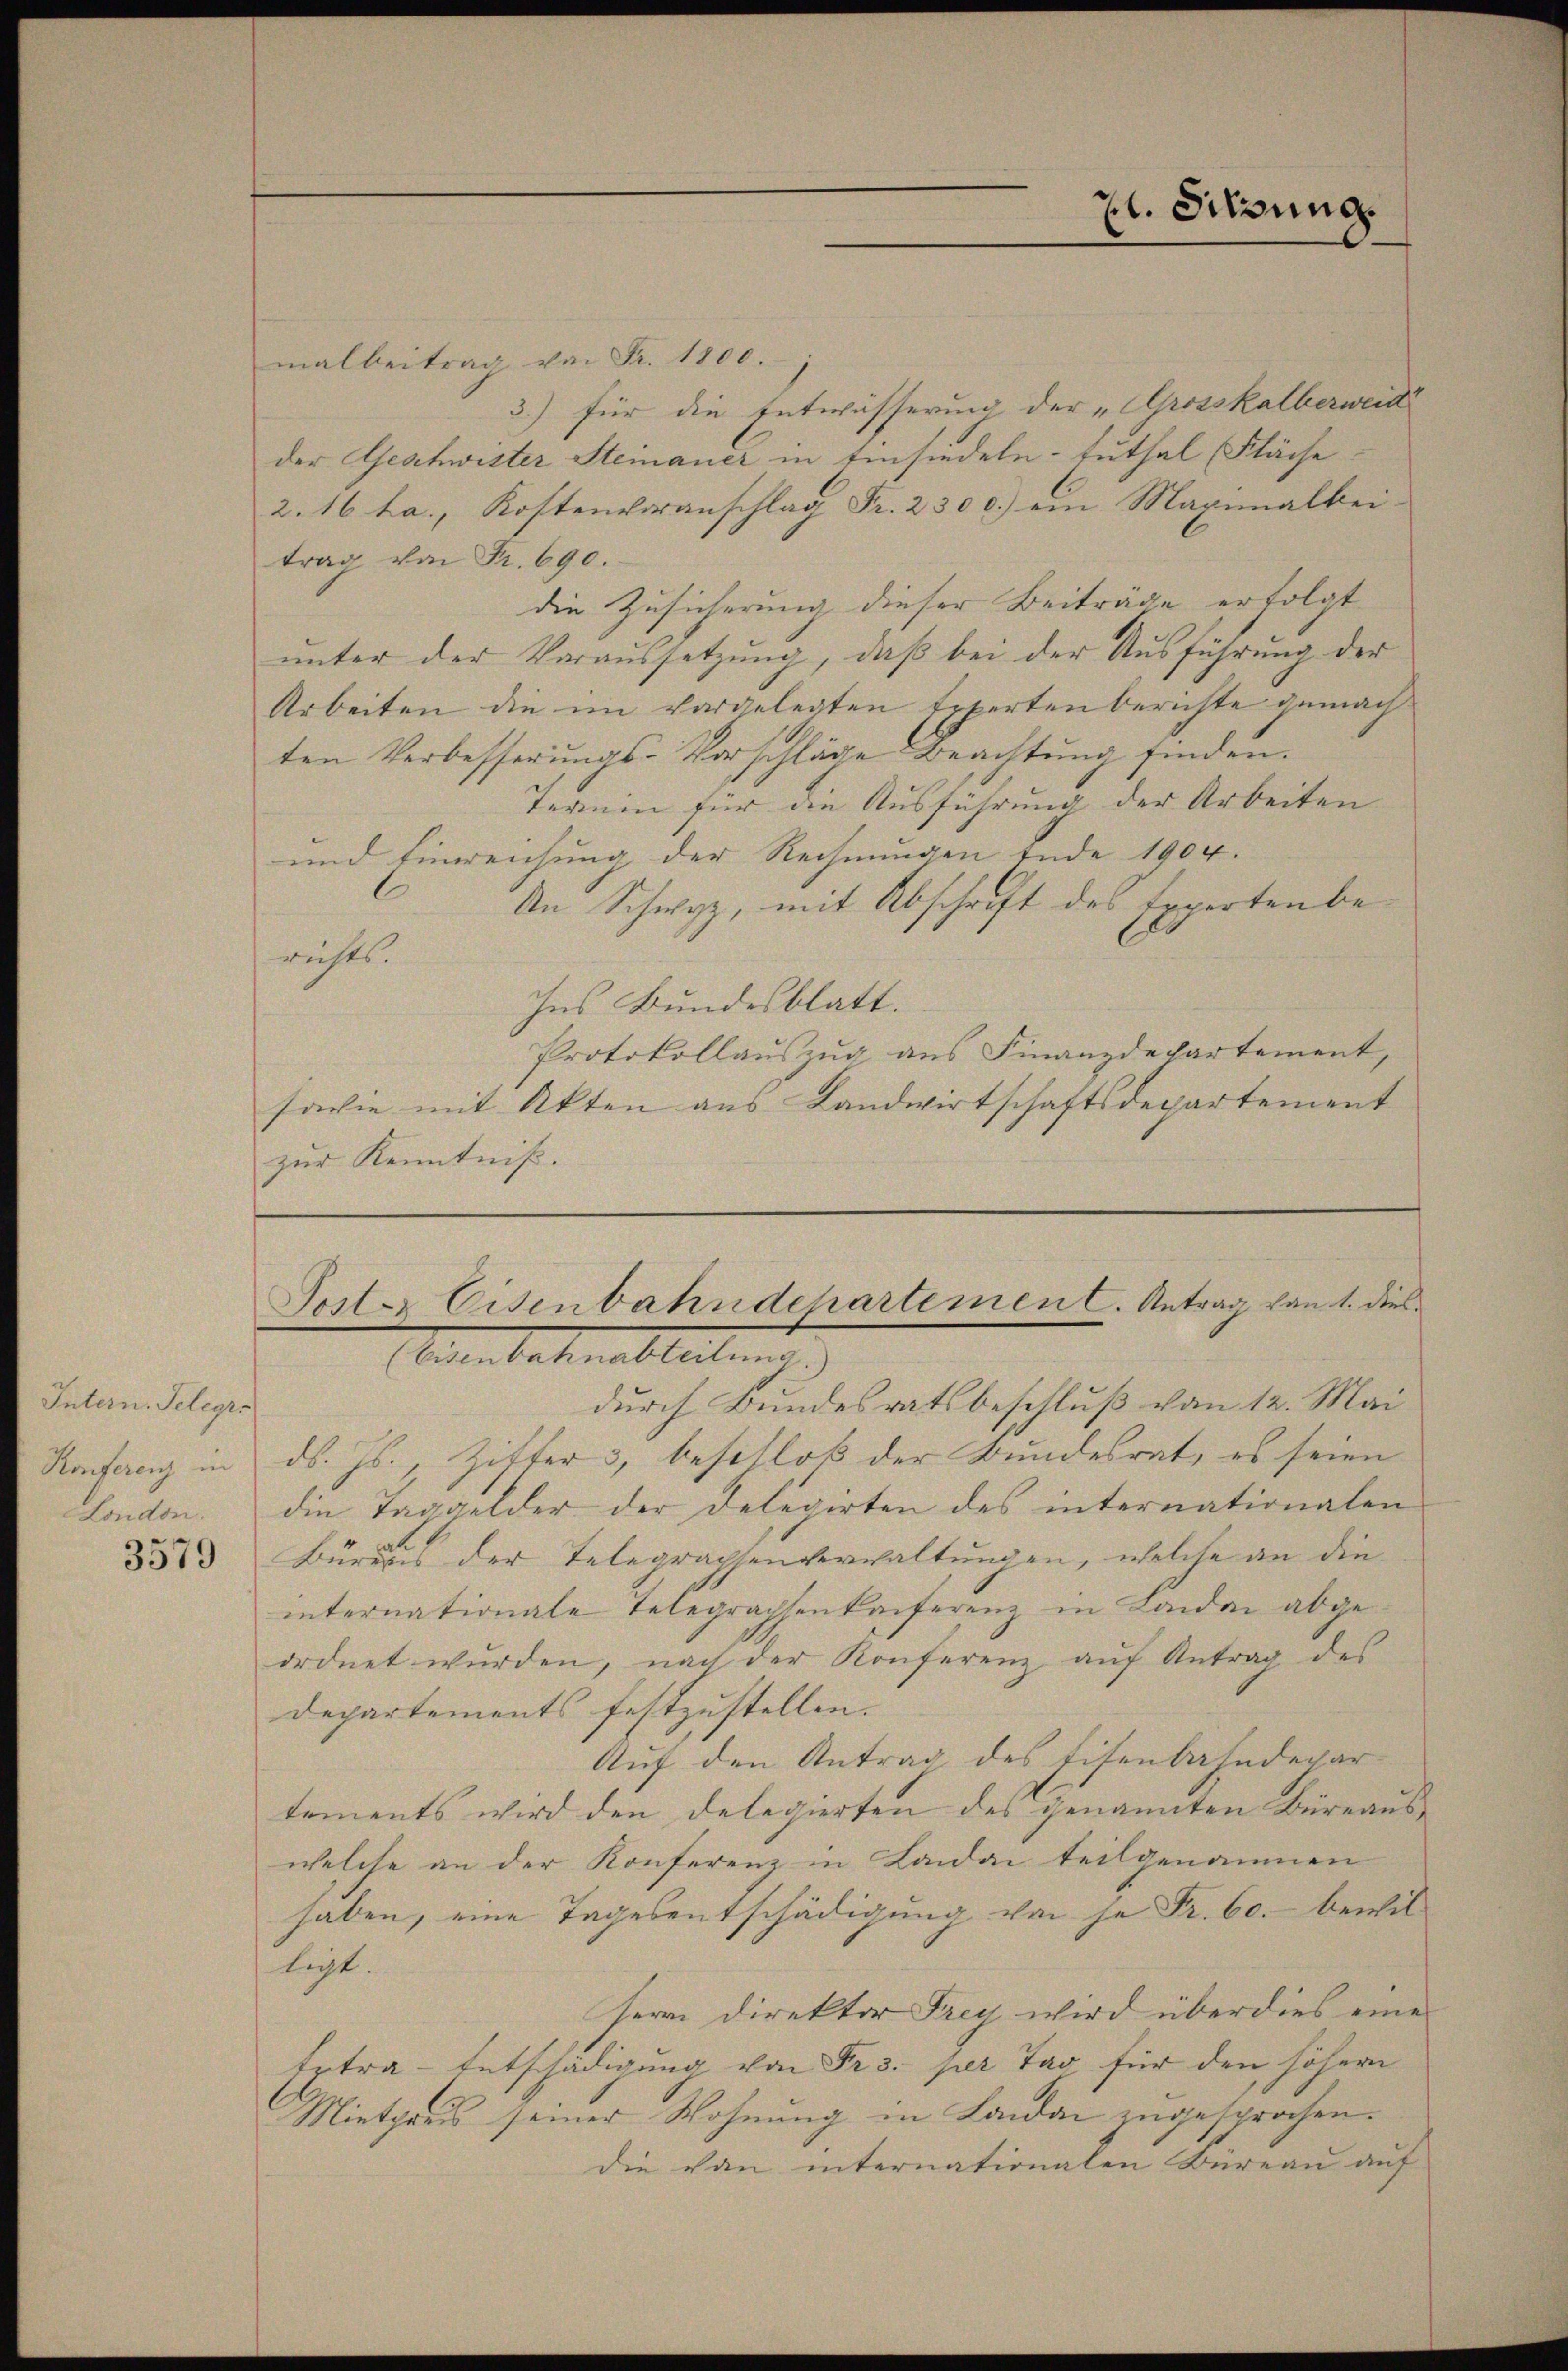
Intern. Telegra
Konferenz in
London.

3579

l. Schrung.

malbeitrag von Fr. 1800.
3.) für die Entwässerung der „Grosskalberweit
der Geschwister Steinauer in Einsiedeln-tuthal Fläche
2. 16 ha., Kostenvoranschlag Fr. 230 c.) ein Maximalbei-
trag von Fr. 690.
die Zusicherung dieser Beiträge erfolgt
unter der Voraussetzung, daß bei der Ausführung der
Arbeiten die im vorgelegten Experten berichte gemachten Verbesserungs-Vorschläge Beachtung finden.
Termin für die Ausführung der Arbeiten
und Einreichung der Rechnungen Ende 1904.
An Schwyz, mit Abschrift des Experten be-
richts.
Ins Bundesblatt.
Protokollauszug aus Finanzdepartement,
sawie mit Akten aus Landwirtschaftsdepartement
zŭr Kenntniß.

Sostz Eisenbahndepartement. Antrag von 1. dies
inen Vaterbleiben

durch Bundesratsbeschluß von 12. Mai
ds. Js., Zister 3, beschloß der Bundesrat, es seien
die Taggelder der Delegirten des internationalen
Bürens der Telegraphenverwaltungen, welche an die
internationale Telegraphenkaiferenz in Landen abge-
ordnet wŭrden, nach der Konferenz aŭf Antrag des
Departements festzustellen.
Auf den Antrag des Eisenbahndepar
tements wird den Delegierten des genannten Büreauswelche an der Konferenz in Landai teilgenommen
haben, eine Tagesentschädigung von je Fr. 60. bewilligt.
sere Direktor Frey wird über dies eine
Extra-Entschädigung von Frs. per Tag für den höhern
Miethaus seiner Wohnung in Landa zugesprochen.
die von internationalen Büreau auf